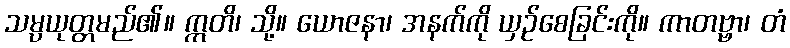
သမ္ပယုတ္တမည်၏။ ဣတိ၊ သို့။ ယောဇနာ၊ အနက်ကို ယှဉ်စေခြင်းကို။ ကာတဗ္ဗာ၊ တံ